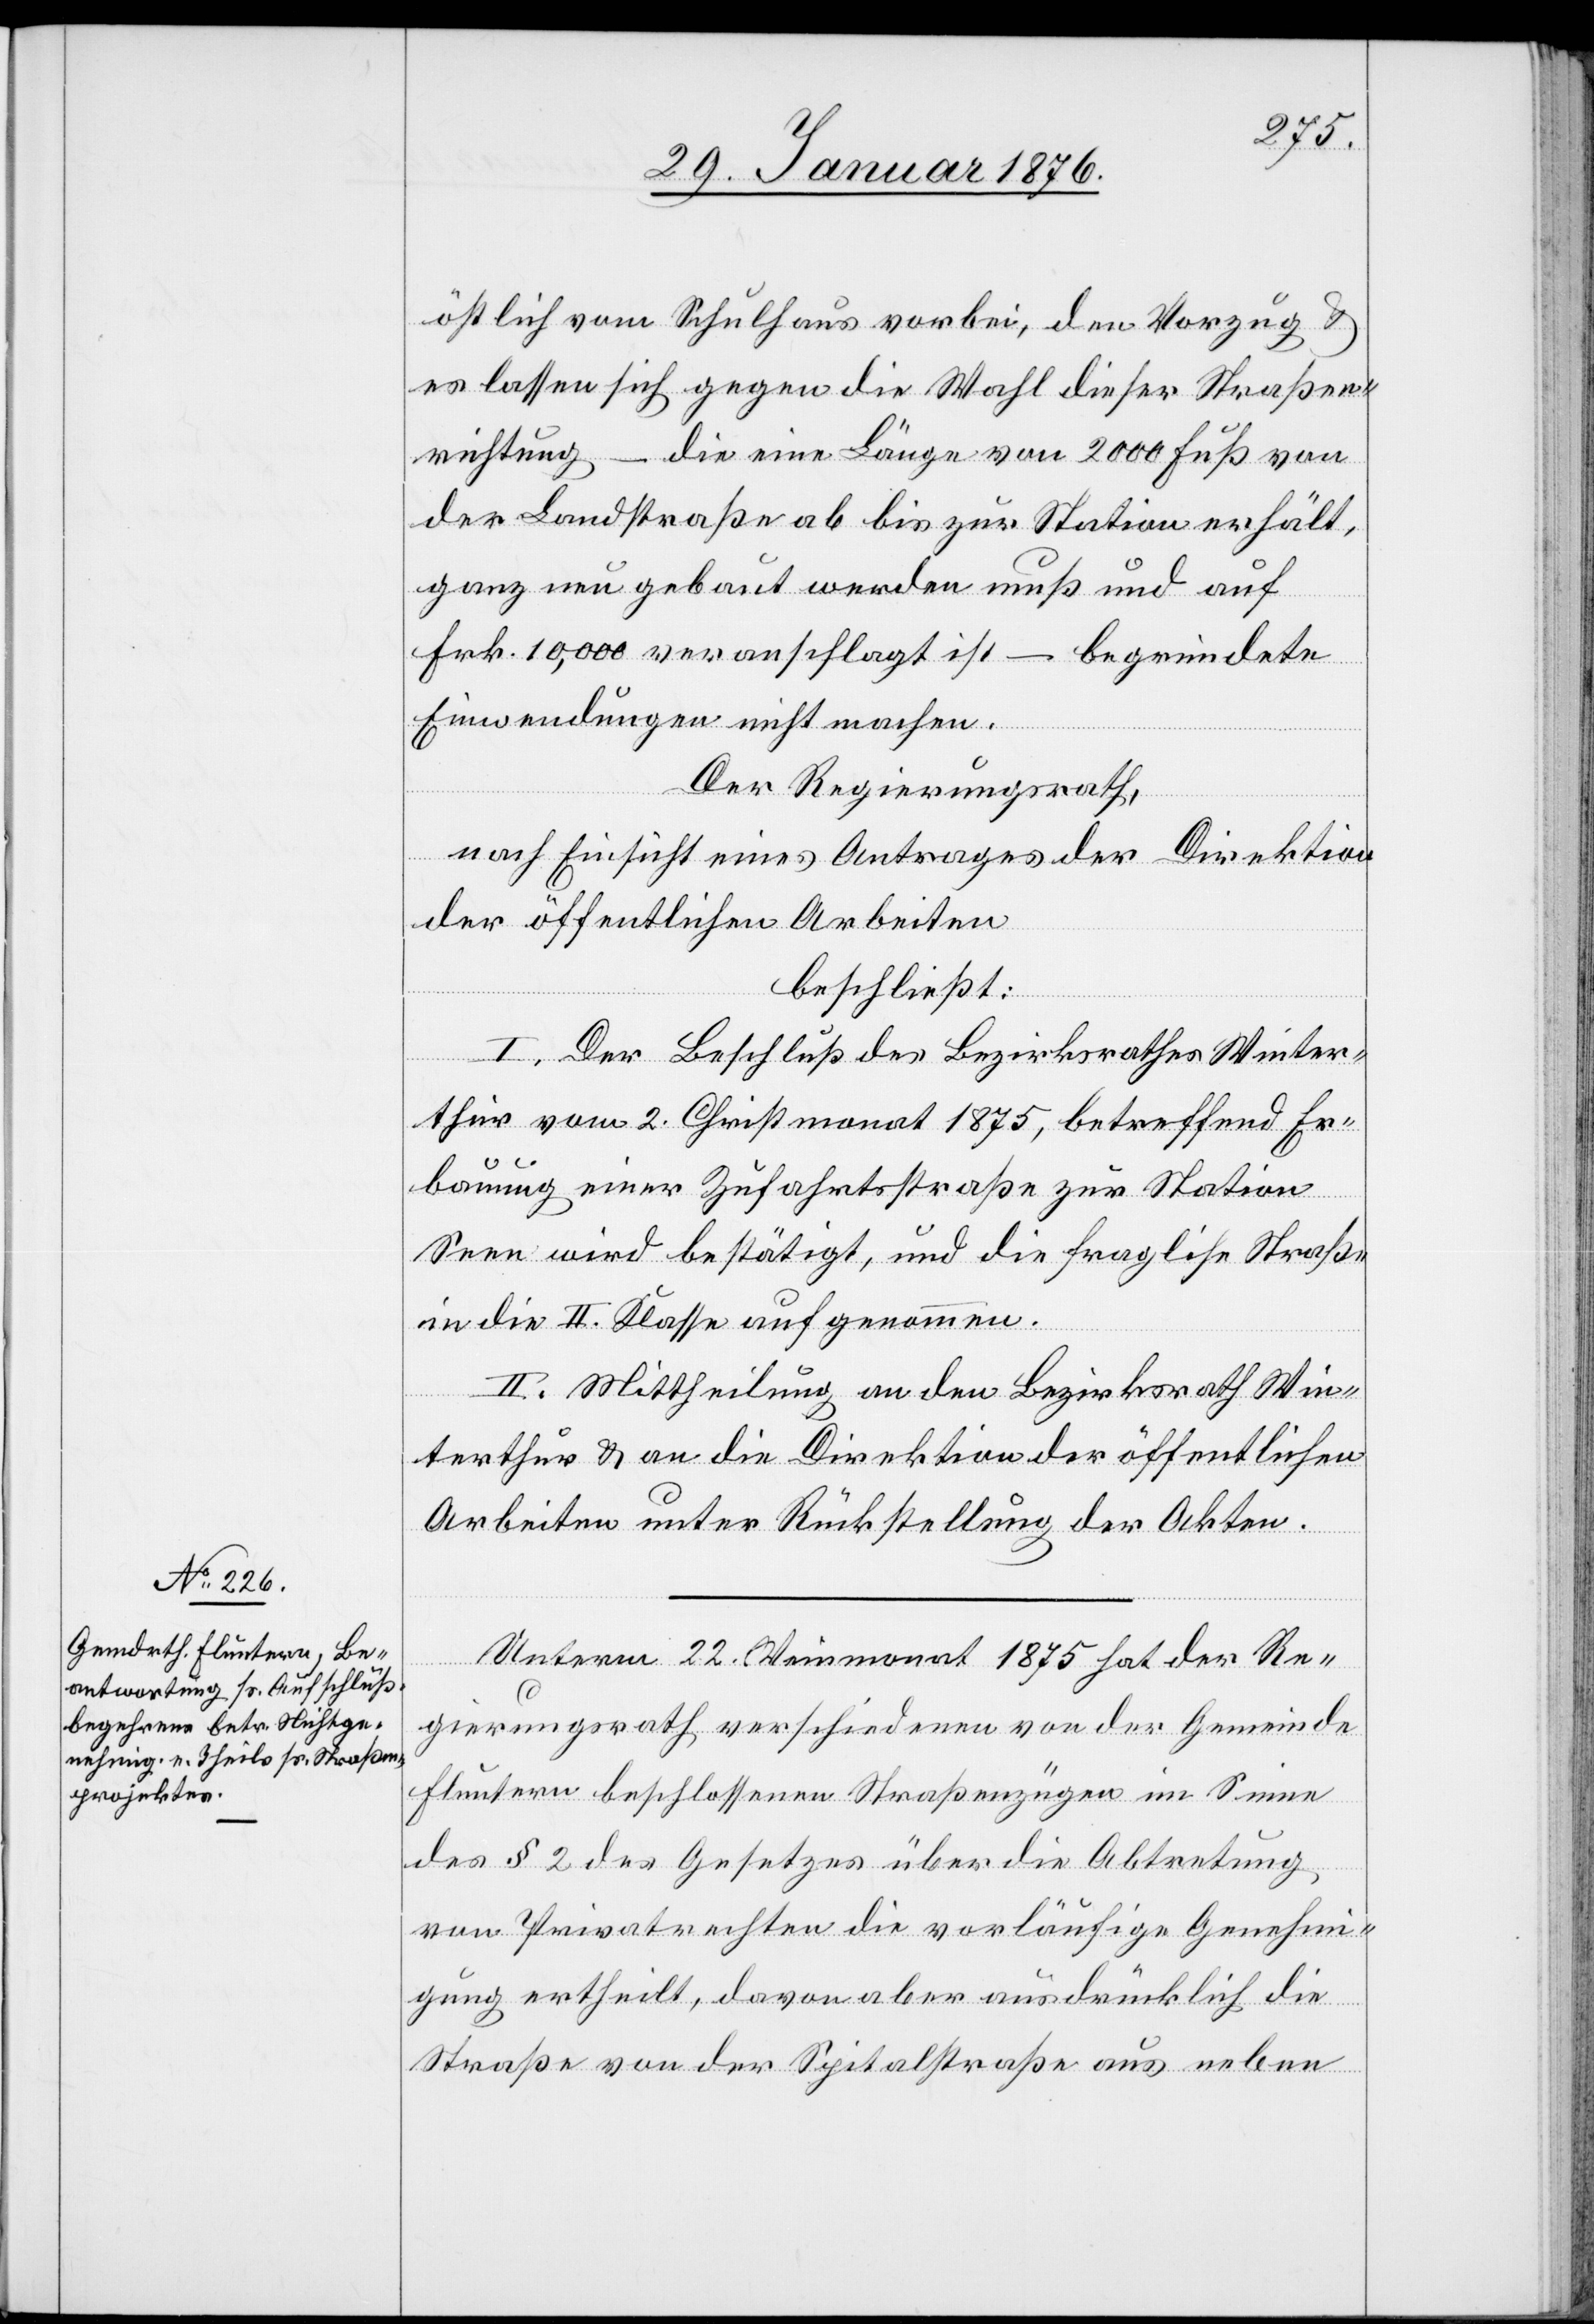
östlich vom Schulhaus vorbei, den Vorzug u.
es lassen sich gegen die Wahl dieser Straßen¬
richtung – die eine Länge von 2000 Fuß von
der Landstraße ab bis zur Station erhält,
ganz neu gebaut werden muß und auf
Frk. 10,000 veranschlagt ist – begründete
Einwendungen nicht machen.
Der Regierungsrath,
nach Einsicht eines Antrages der Direktion
der öffentlichen Arbeiten
beschließt:
I. Der Beschluß des Bezirksrath Winter¬
thur vom 2. Christmonat 1875, betreffend Er¬
bauung einer Zufahrtsstraße zur Station
Seen wird bestätigt, und die fragliche Straße
in die II. Klasse aufgenommen.
II. Mittheilung an den Bezirksrath Win¬
terthur u. an die Direktion der öffentlichen
Arbeiten unter Rückstellung der Akten.
Unterm 22. Weinmonat 1875 hat der Re¬
gierungsrath verschiedenen von der Gemeinde
Fluntern beschlossenen Straßenzügen im Sinne
des § 2 des Gesetzes über die Abtretung
von Privatrechten die vorläufige Genehmi¬
gung ertheilt, davon aber ausdrücklich die
Straße von der Spitalstraße aus neben